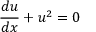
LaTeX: { \frac { d u } { d x } } + u ^ { 2 } = 0